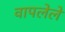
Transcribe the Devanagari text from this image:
वापलेले